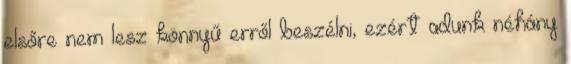
elsőre nem lesz könnyű erről beszélni, ezért adunk néhány